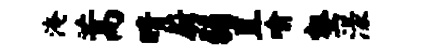
淹蒿晴蔚弱直喻壑漾